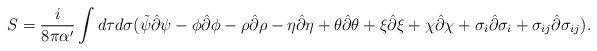
LaTeX: \begin{align*}S=\frac{i}{8\pi \alpha '}\int d\tau d\sigma (\tilde{\psi}\hat{\partial}\psi - \phi\hat{\partial}\phi - \rho\hat{\partial}\rho - \eta\hat{\partial}\eta + \theta\hat{\partial}\theta + \xi\hat{\partial}\xi + \chi\hat{\partial}\chi + \sigma_i\hat{\partial}\sigma_i + \sigma_{ij}\hat{\partial}\sigma_{ij}).\end{align*}